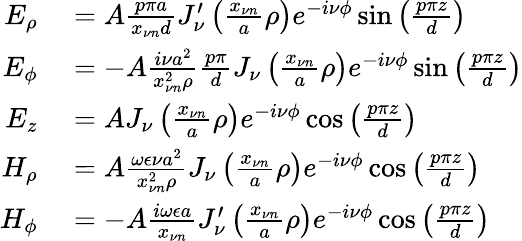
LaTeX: \begin{array}{rl}{E_{\rho}}&{{}=A\frac{p\pi a}{x_{\nu n}d}J_{\nu}^{\prime}\left(\frac{x_{\nu n}}{a}\rho\right)e^{-i\nu\phi}\sin\left(\frac{p\pi z}{d}\right)}\\ {E_{\phi}}&{{}=-A\frac{i\nu a^{2}}{x_{\nu n}^{2}\rho}\frac{p\pi}{d}J_{\nu}\left(\frac{x_{\nu n}}{a}\rho\right)e^{-i\nu\phi}\sin\left(\frac{p\pi z}{d}\right)}\\ {E_{z}}&{{}=AJ_{\nu}\left(\frac{x_{\nu n}}{a}\rho\right)e^{-i\nu\phi}\cos\left(\frac{p\pi z}{d}\right)}\\ {H_{\rho}}&{{}=A\frac{\omega\epsilon\nu a^{2}}{x_{\nu n}^{2}\rho}J_{\nu}\left(\frac{x_{\nu n}}{a}\rho\right)e^{-i\nu\phi}\cos\left(\frac{p\pi z}{d}\right)}\\ {H_{\phi}}&{{}=-A\frac{i\omega\epsilon a}{x_{\nu n}}J_{\nu}^{\prime}\left(\frac{x_{\nu n}}{a}\rho\right)e^{-i\nu\phi}\cos\left(\frac{p\pi z}{d}\right)}\end{array}